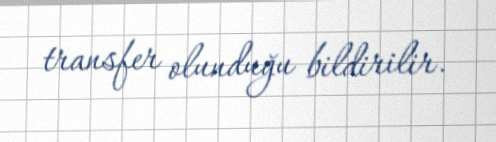
transfer olunduğu bildirilir.